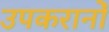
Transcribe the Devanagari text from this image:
उपकरानोँ